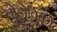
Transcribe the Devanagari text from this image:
लोडोविको